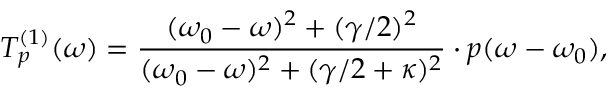
T _ { p } ^ { ( 1 ) } ( \omega ) = \frac { ( \omega _ { 0 } - \omega ) ^ { 2 } + ( \gamma / 2 ) ^ { 2 } } { ( \omega _ { 0 } - \omega ) ^ { 2 } + ( \gamma / 2 + \kappa ) ^ { 2 } } \cdot p ( \omega - \omega _ { 0 } ) ,